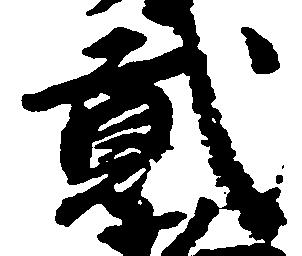
弐